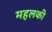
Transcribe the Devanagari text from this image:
महलकी